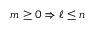
m \geq 0 \Rightarrow \ell \leq n